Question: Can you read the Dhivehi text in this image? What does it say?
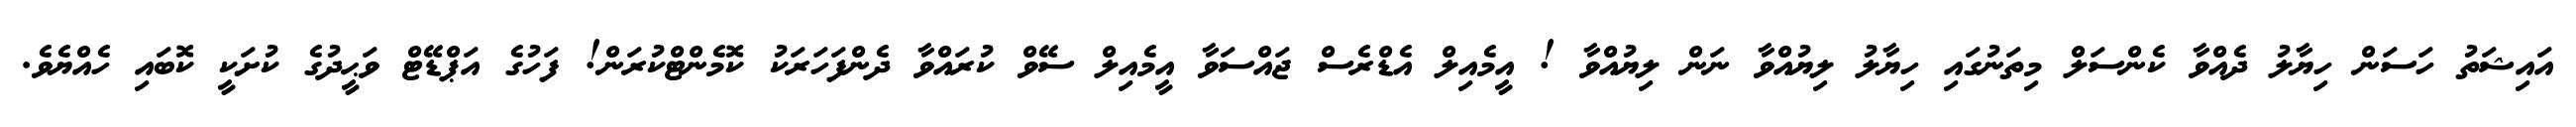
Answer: އައިޝަތު ހަސަން ހިޔާލު ދެއްވާ ކެންސަލް މިތަނުގައި ހިޔާލު ލިޔުއްވާ ނަން ލިޔުއްވާ ! އީމެއިލް އެޑްރެސް ޖައްސަވާ އީމެއިލް ސޭވް ކުރައްވާ ދެންފަހަރަކު ކޮމެންޓްކުރަން! ފަހުގެ އަޕްޑޭޓް ވަޙީދުގެ ކުށަކީ ކޮބައި ހެއްޔެވެ.